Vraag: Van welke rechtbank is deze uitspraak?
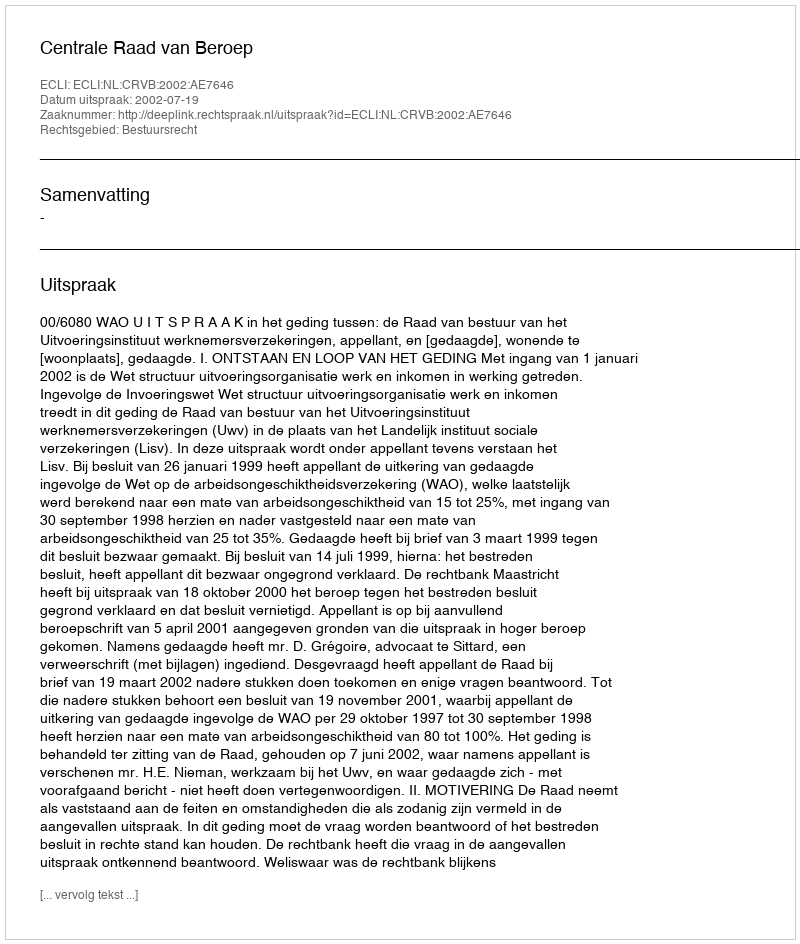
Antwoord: Centrale Raad van Beroep